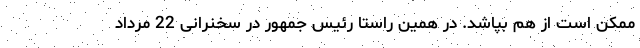
ممکن است از هم بپاشد. در همین راستا رئیس جمهور در سخنرانی 22 مرداد